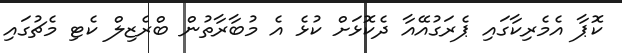
ކޮޕާ އެމެރިކާގައި ޕެރަގުއޭއާ ދެކޮޅަށް ކުޅެ އެ މުބާރާތުން ބްރެޒިލް ކެޓި މެޗުގައި